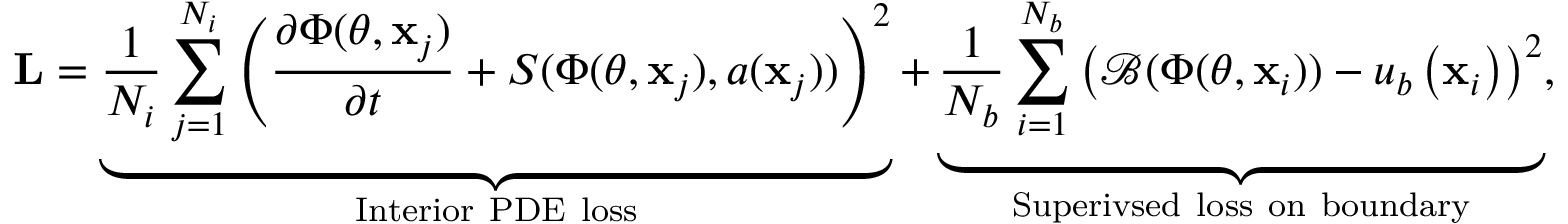
\mathbf { L } = \underbrace { \frac { 1 } { N _ { i } } \sum _ { j = 1 } ^ { N _ { i } } \left( \frac { \partial \Phi ( \theta , \mathbf { x } _ { j } ) } { \partial t } + S ( \Phi ( \theta , \mathbf { x } _ { j } ) , a ( \mathbf { x } _ { j } ) ) \right) ^ { 2 } } _ { \mathrm { I n t e r i o r ~ P D E ~ l o s s } } + \underbrace { \frac { 1 } { N _ { b } } \sum _ { i = 1 } ^ { N _ { b } } \left( \mathcal { B } ( \Phi ( \theta , \mathbf { x } _ { i } ) ) - u _ { b } \left( \mathbf { x } _ { i } \right) \right) ^ { 2 } } _ { \mathrm { S u p e r i v s e d ~ l o s s ~ o n ~ b o u n d a r y } } ,